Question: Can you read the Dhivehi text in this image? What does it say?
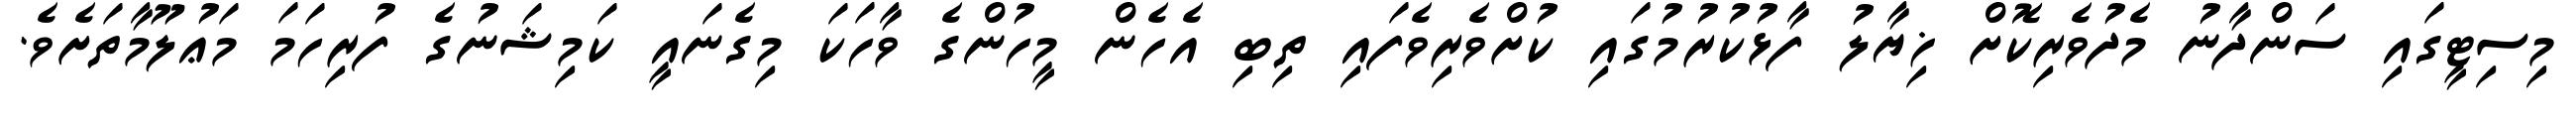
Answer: މިސިޓީގައި ސަންދާނު މެދުވެރިކޮށް ޚިޔާލު ފާޅުކުރުމުގައި ކުށްވެރިވެފައި ތިބި އެހެން މީހުންގެ ވާހަކަ މިގެނައީ ކަމިޝަނުގެ ފުރިހަމަ މަޢުލޫމާތަށެވެ.